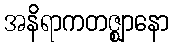
အနိရာကတဇ္ဈာနော